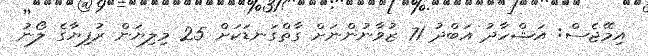
އިމޭޖެސް: އަޝްހާދު އަބްދު 71 ޒުވާނުންނަށް ގާތްގަނޑަކަށް 25 މިލިޔަން ރުފިޔާގެ ލޯނު